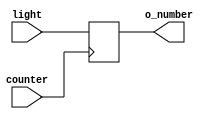
module diode(input counter/*25mhz*/, input [2:0] light, output[2:0] o_number);
    reg[2:0] o_number;
    
    initial begin
        o_number = 3'b000;
    end
    
    always@(posedge counter) begin
        o_number <= light;
    end
endmodule